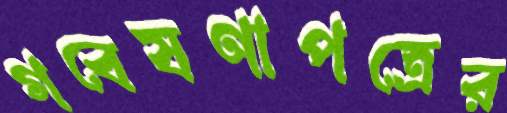
গবেষণাপত্রের